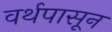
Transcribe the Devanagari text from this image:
वर्थपासून